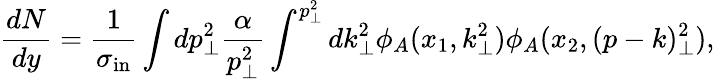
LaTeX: \frac{dN}{dy}=\frac{1}{\sigma_{\mathrm{{in}}}}\int dp_{\perp}^{2}\frac{\alpha}{p_{\perp}^{2}}\int^{p_{\perp}^{2}}dk_{\perp}^{2}\phi_{A}(x_{1},k_{\perp}^{2})\phi_{A}(x_{2},(p-k)_{\perp}^{2}),